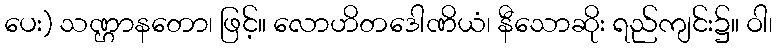
ပေး) သဏ္ဌာနတော၊ ဖြင့်။ လောဟိတဒေါဏိယံ၊ နီသောဆိုး ရည်ကျင်း၌။ ဝါ၊